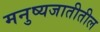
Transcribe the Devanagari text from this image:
मनुष्यजातीतील